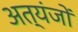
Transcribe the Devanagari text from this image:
अत्यंजों